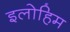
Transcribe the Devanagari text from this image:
इलोहिम